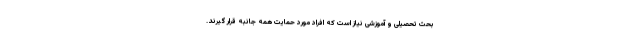
بحث تحصیلی و آموزشی نیاز است که افراد مورد حمایت همه جانبه قرار گیرند.